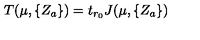
T ( \mu , \{ Z _ { a } \} ) = t _ { r _ { 0 } } J ( \mu , \{ Z _ { a } \} )